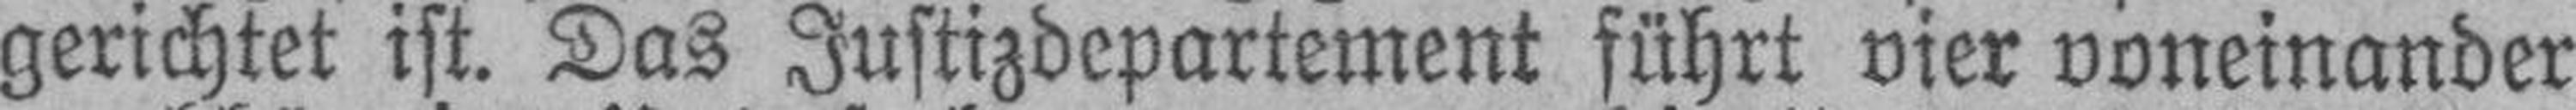
gerichtet ist. Das Justizdepartement führt vier voneinander